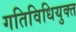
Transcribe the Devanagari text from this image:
गतिविधियुक्त